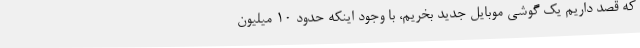
که قصد داریم یک گوشی موبایل جدید بخریم، با وجود اینکه حدود ۱۰ میلیون